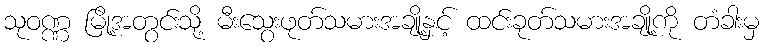
သုဝဏ္ဏ မြို့အတွင်းသို့ မီးသွေးဖုတ်သမားအချို့နှင့် ထင်းခုတ်သမားအချို့ကို တံခါးမှ